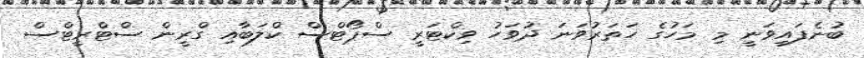
ބުނެފައިވަނީ މި މަހުގެ ހަތަރުވަނަ ދުވަހު ވިކްޓަރީ ސްޕޯޓްސް ކްލަބާއި ގްރީން ސްޓްރީޓްސް